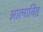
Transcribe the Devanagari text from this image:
आत्माविष्ट